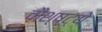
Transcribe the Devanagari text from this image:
वौश्ष्ट्ये